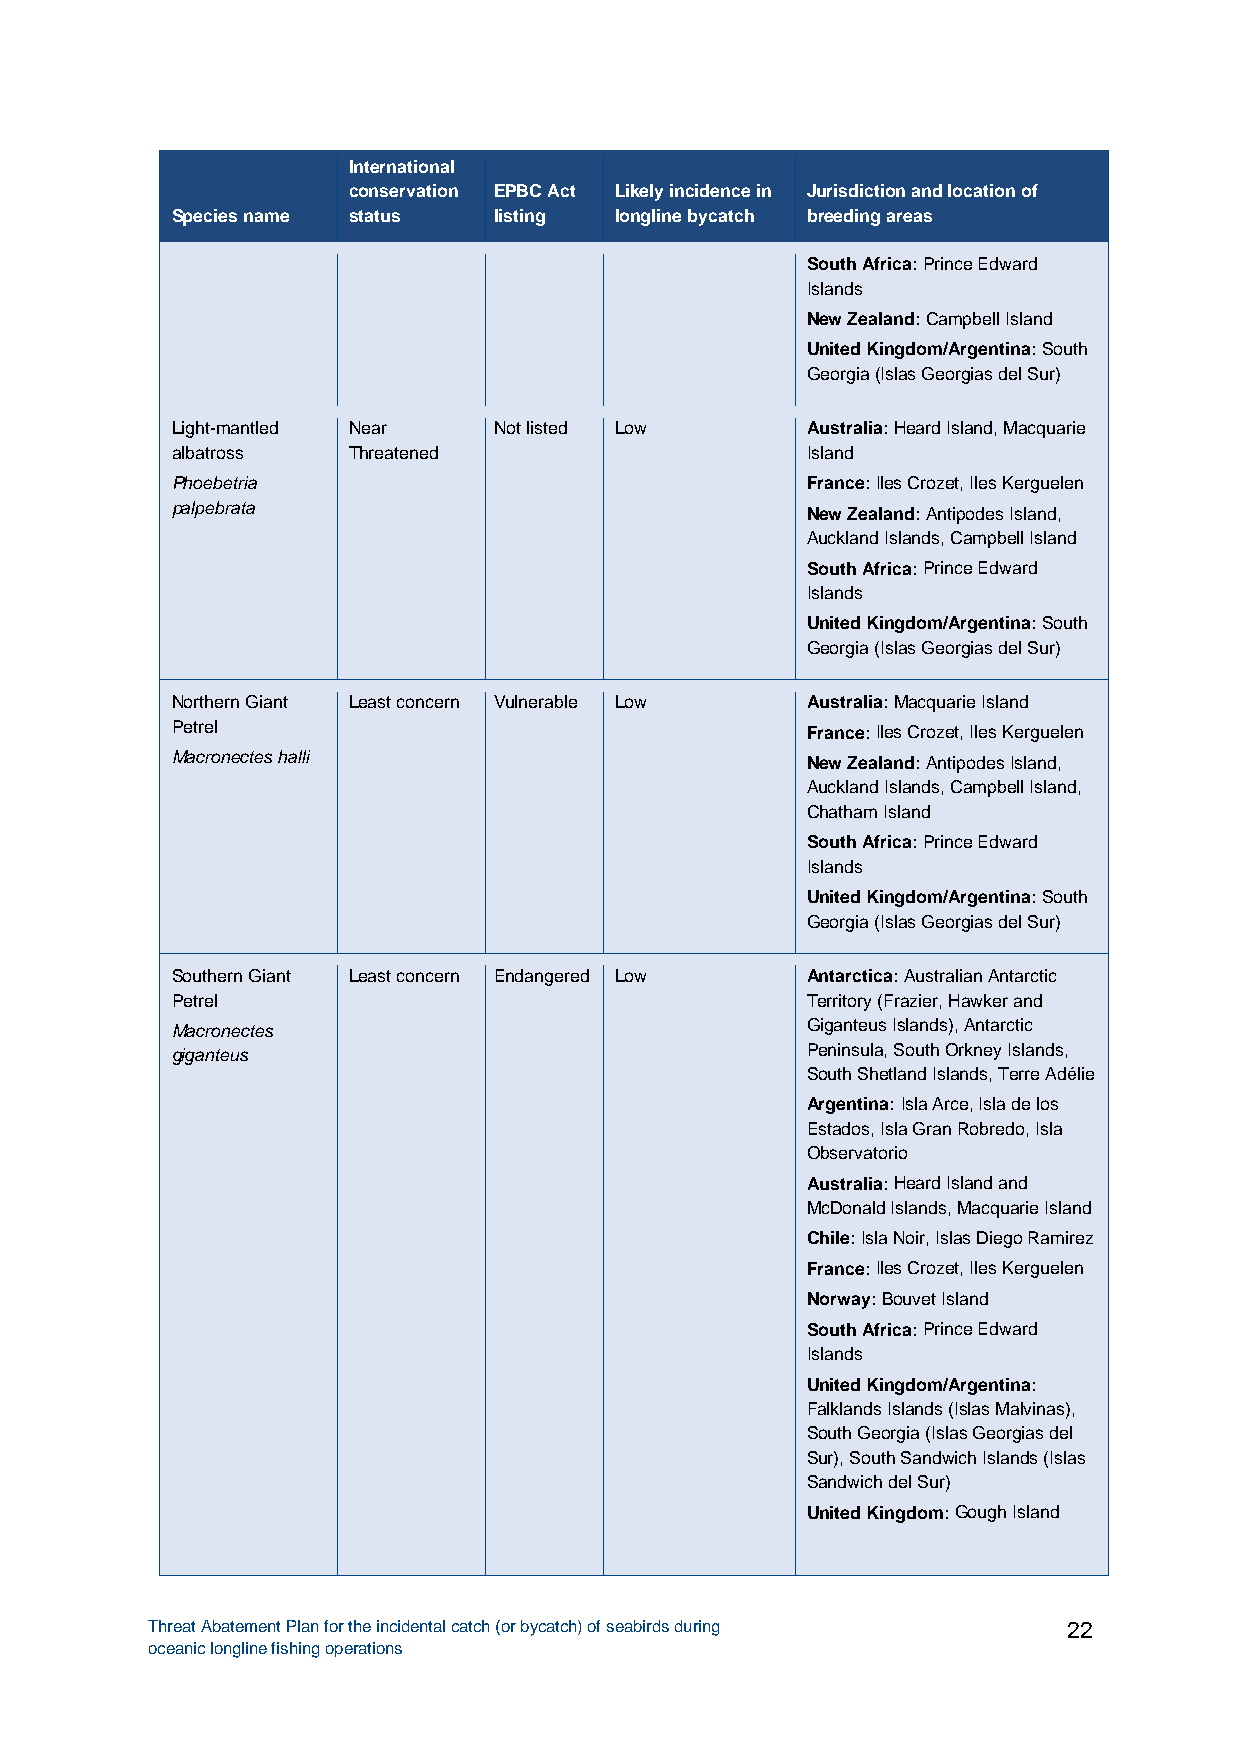
International
 conservation EPBC Act Likely incidence in Jurisdiction and location of
 Species name status   listing longline bycatch breeding areas
 South Africa: Prince Edward
 Islands
 New Zealand: Campbell Island
 United Kingdom/Argentina: South
 Georgia (Islas Georgias del Sur)
 Light-mantled Near    Not listed Low      Australia: Heard Island, Macquarie
 albatross   Threatened                    Island
 Phoebetria                                France: Iles Crozet, Iles Kerguelen
 palpebrata                                New Zealand: Antipodes Island,
 Auckland Islands, Campbell Island
 South Africa: Prince Edward
 Islands
 United Kingdom/Argentina: South
 Georgia (Islas Georgias del Sur)
 Northern Giant Least concern Vulnerable Low Australia: Macquarie Island
 Petrel                                    France: Iles Crozet, Iles Kerguelen
 Macronectes halli                         New Zealand: Antipodes Island,
 Auckland Islands, Campbell Island,
 Chatham Island
 South Africa: Prince Edward
 Islands
 United Kingdom/Argentina: South
 Georgia (Islas Georgias del Sur)
 Southern Giant Least concern Endangered Low Antarctica: Australian Antarctic
 Petrel                                    Territory (Frazier, Hawker and
 Macronectes                               Giganteus Islands), Antarctic
 giganteus                                 Peninsula, South Orkney Islands,
 South Shetland Islands, Terre Adélie
 Argentina: Isla Arce, Isla de los
 Estados, Isla Gran Robredo, Isla
 Observatorio
 Australia: Heard Island and
 McDonald Islands, Macquarie Island
 Chile: Isla Noir, Islas Diego Ramirez
 France: Iles Crozet, Iles Kerguelen
 Norway: Bouvet Island
 South Africa: Prince Edward
 Islands
 United Kingdom/Argentina:
 Falklands Islands (Islas Malvinas),
 South Georgia (Islas Georgias del
 Sur), South Sandwich Islands (Islas
 Sandwich del Sur)
 United Kingdom: Gough Island
 Threat Abatement Plan for the incidental catch (or bycatch) of seabirds during 22
 oceanic longline fishing operations